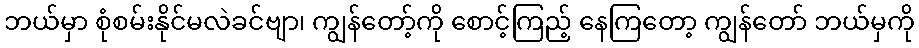
ဘယ်မှာ စုံစမ်းနိုင်မလဲခင်ဗျာ၊ ကျွန်တော့်ကို စောင့်ကြည့် နေကြတော့ ကျွန်တော် ဘယ်မှကို